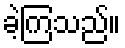
ခဲ့ကြသည်။